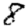
Digit: 8